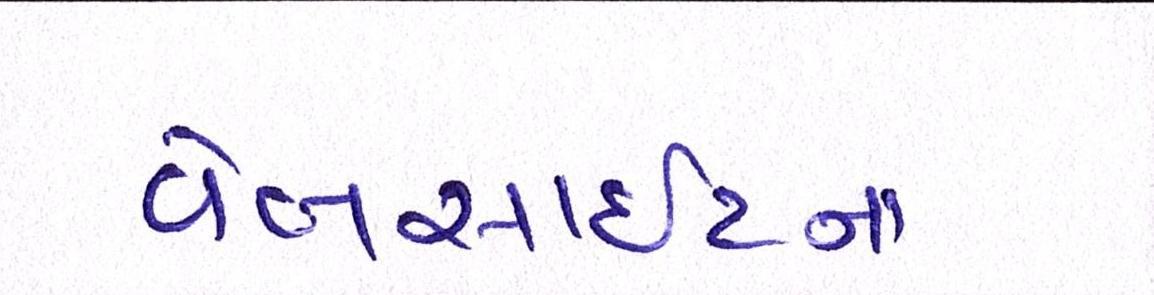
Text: વેબસાઈટનાં